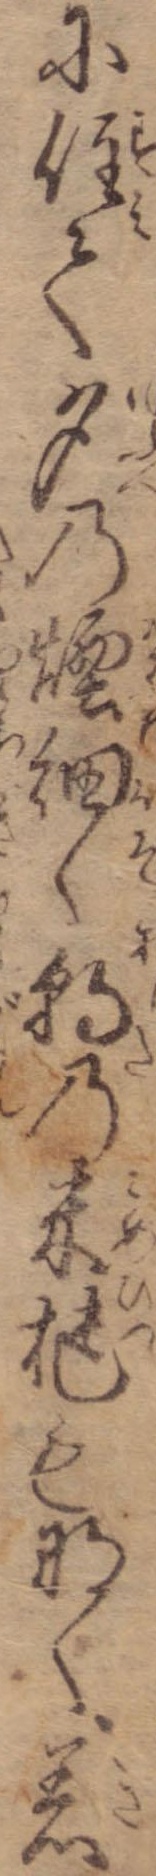
に住て夕の煙細く朝の米櫃もなく着